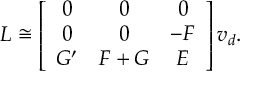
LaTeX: L \cong \left[ \begin{array} { c c c } { { 0 } } & { { 0 } } & { { 0 } } \\ { { 0 } } & { { 0 } } & { { - F } } \\ { { G ^ { \prime } } } & { { F + G } } & { { E } } \end{array} \right] v _ { d } .